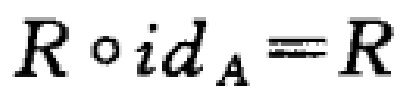
$R\circ id_{A}\equiv R$